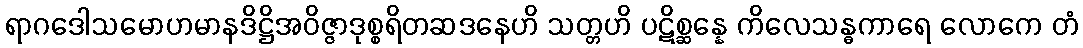
ရာဂဒေါသမောဟမာနဒိဋ္ဌိအဝိဇ္ဇာဒုစ္စရိတဆဒနေဟိ သတ္တဟိ ပဋိစ္ဆန္နေ ကိလေသန္ဓကာရေ လောကေ တံ